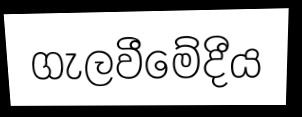
ගැලවීමේදීය